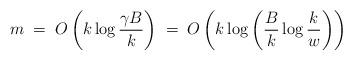
LaTeX: \begin{align*}m \; = \; O\left(k \log\frac{\gamma B}{k} \right) \; = \; O \left(k \log\left(\frac{B}{k} \log\frac{k}{w}\right)\right)\end{align*}